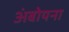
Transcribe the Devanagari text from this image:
अंबोयना